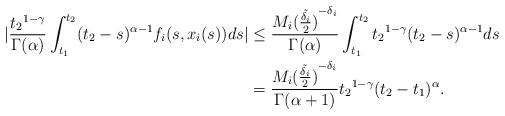
LaTeX: \begin{align*}|\frac{{t_2}^{1-\gamma}}{\Gamma(\alpha)}\int_{t_1}^{t_2}(t_2-s)^{\alpha-1}f_{i}(s,x_{i}(s))ds|&\leq\frac{M_i{(\frac{\tilde{{\delta}_{i}}}{2})}^{-\delta_i}}{\Gamma(\alpha)}\int_{t_1}^{t_2}{t_2}^{1-\gamma}(t_2-s)^{\alpha-1}ds\\&=\frac{M_i{(\frac{\tilde{{\delta}_{i}}}{2})}^{-\delta_i}}{\Gamma(\alpha+1)}{t_2}^{1-\gamma}(t_2-t_1)^{\alpha}.\end{align*}